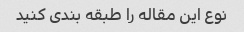
نوع این مقاله را طبقه بندی کنید